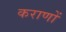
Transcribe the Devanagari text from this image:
कराणों